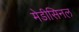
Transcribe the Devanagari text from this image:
मेडीसिनल